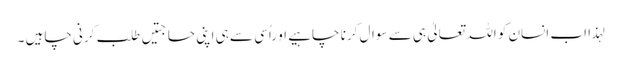
لہذا اب انسان کو اللہ تعالیٰ ہی سے سوال کرنا چاہیے او راُسی سے ہی اپنی حاجتیں طلب کرنی چاہیں ۔